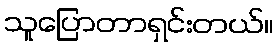
သူပြောတာရှင်းတယ်။